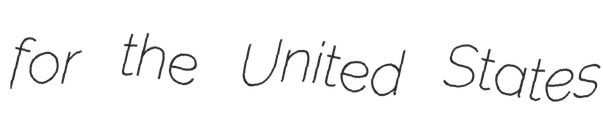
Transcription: for the United States